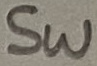
Text: SW